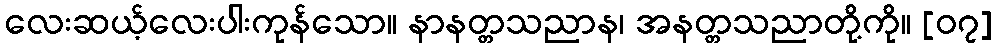
လေးဆယ့်လေးပါးကုန်သော။ နာနတ္တသညာန၊ အနတ္တသညာတို့ကို။ [၀၇]